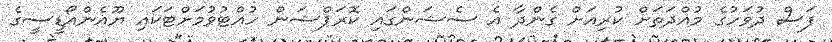
ފަސް ދުވަހުގެ މުއްދަތަށް ކުރިއަށް ގެންދާ އެ ސެޝަންގައި ކޮރަޕްޝަން ހުއްޓުވުމަށްޓަކައި ޔޫއެންއޯޑީސީގެ